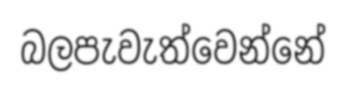
බලපැවැත්වෙන්නේ